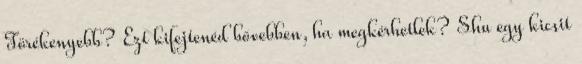
Törékenyebb? Ezt kifejtenéd bővebben, ha megkérhetlek? Shu egy kicsit